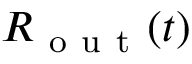
R _ { \mathrm { ~ o ~ u ~ t ~ } } ( t )